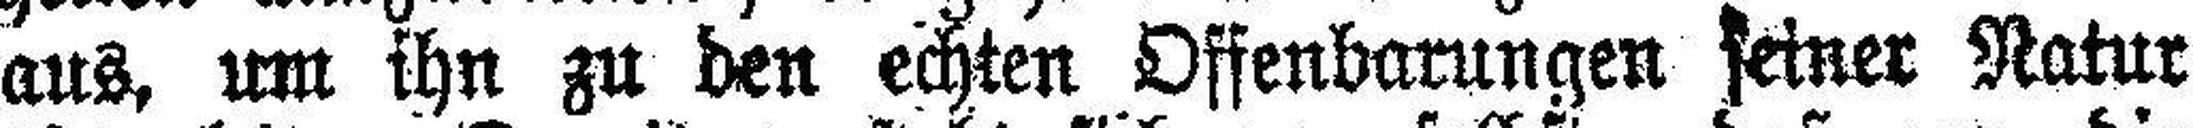
aus, um ihn zu den echten Offenbarungen seiner Natur